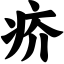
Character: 疥